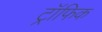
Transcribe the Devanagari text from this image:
ट्रॉफिक